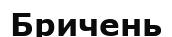
Бричень